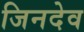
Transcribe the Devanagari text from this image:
जिनदेव